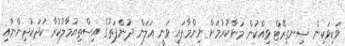
ވަކިވަކިން ސިނގިރޭޓް ވިއްކުން މަނާކުރުމަށް ނިންމާފައި ވަނީ އަލަން ދުންފަތުގެ އިސްތިއުމާލުކުރާ ކުދަކުދިންނާއި